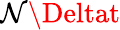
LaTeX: \mathcal{N}\Deltat